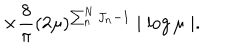
LaTeX: \times \frac { 8 } { \pi } ( 2 \mu ) ^ { \sum _ { n } ^ { N } J _ { n } - 1 } \mid \log \mu \mid .